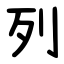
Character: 列